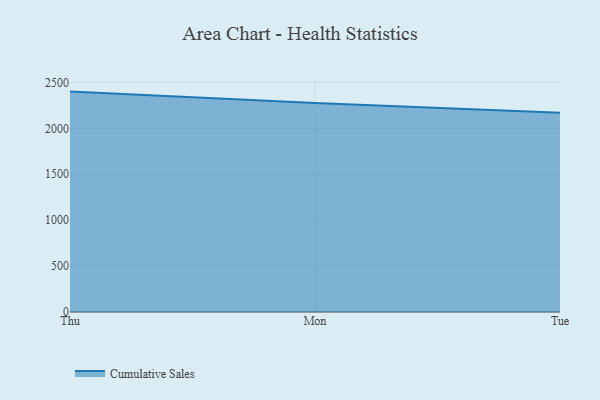
{"axis": {"x": "Day", "y": "Inventory Turnover"}, "legend": ["Cumulative Sales"], "data": [{"x": "Thu", "y": 2399.9, "type": "Cumulative Sales"}, {"x": "Mon", "y": 2275.5, "type": "Cumulative Sales"}, {"x": "Tue", "y": 2170.8, "type": "Cumulative Sales"}]}